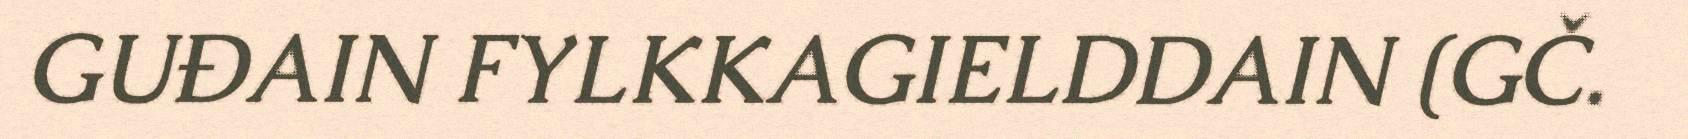
GUĐAIN FYLKKAGIELDDAIN (GČ.